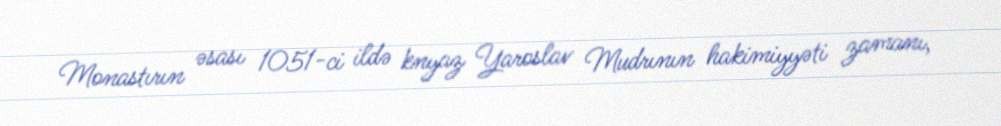
Monastırın əsası 1051-ci ildə knyaz Yaroslav Mudrının hakimiyyəti zamanı,